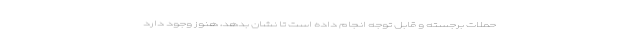
حملات برجسته و قابل توجه انجام داده است تا نشان بدهد، هنوز وجود دارد